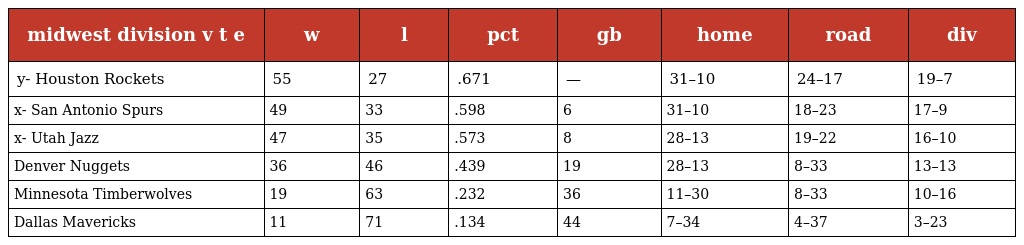
| midwest division v t e | w | l | pct | gb | home | road | div |
 | --- | --- | --- | --- | --- | --- | --- | --- |
 | y- Houston Rockets | 55 | 27 | .671 | — | 31–10 | 24–17 | 19–7 |
 | x- San Antonio Spurs | 49 | 33 | .598 | 6 | 31–10 | 18–23 | 17–9 |
 | x- Utah Jazz | 47 | 35 | .573 | 8 | 28–13 | 19–22 | 16–10 |
 | Denver Nuggets | 36 | 46 | .439 | 19 | 28–13 | 8–33 | 13–13 |
 | Minnesota Timberwolves | 19 | 63 | .232 | 36 | 11–30 | 8–33 | 10–16 |
 | Dallas Mavericks | 11 | 71 | .134 | 44 | 7–34 | 4–37 | 3–23 |